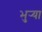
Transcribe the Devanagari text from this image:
भुर्‍या